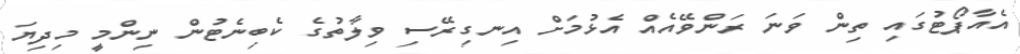
އެއާޕޯޓުގައި ތިން ވަނަ ރަންވޭއެއް އެޅުމަށް އިނގިރޭސި ވިލާތުގެ ކެބިނެޓުން ނިންމީ މިދިޔަ